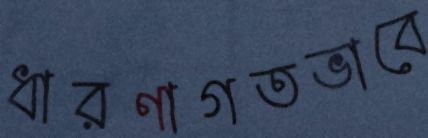
ধারণাগতভাবে